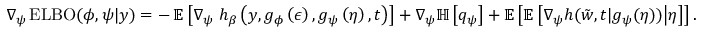
\nabla _ { \psi } \operatorname { E L B O } ( \phi , \psi \vert y ) = - \operatorname { \mathbb { E } } \left[ \nabla _ { \psi } \ h _ { \beta } \left( y , g _ { \phi } \left( \epsilon \right) , g _ { \psi } \left( \eta \right) , t \right) \right] + \nabla _ { \psi } \mathbb { H } \left[ q _ { \psi } \right] + \mathbb { E } \left[ \mathbb { E } \left[ \nabla _ { \psi } h ( \tilde { w } , t \vert g _ { \psi } ( \eta ) ) \middle \vert \eta \right] \right] .